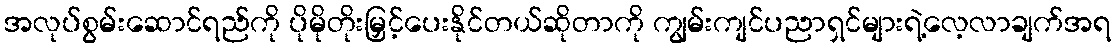
အလုပ်စွမ်းဆောင်ရည်ကို ပိုမိုတိုးမြှင့်ပေးနိုင်တယ်ဆိုတာကို ကျွမ်းကျင်ပညာရှင်များရဲ့လေ့လာချက်အရ